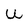
Character: U